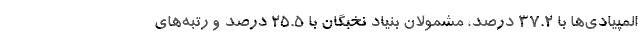
المپیادی‌ها با ۳۷.۲ درصد، مشمولان بنیاد نخبگان با ۲۵.۵ درصد و رتبه‌های